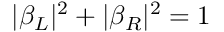
| \beta _ { L } | ^ { 2 } + | \beta _ { R } | ^ { 2 } = 1